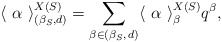
\begin{align*} \langle~ \alpha ~\rangle ^{X(S)}_{(\beta_S, d)} = \sum_{ \beta \in (\beta_S, \,d) }\langle~ \alpha ~\rangle ^{X(S)}_\beta q^\beta,\end{align*}